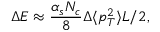
\Delta E \approx { \frac { \alpha _ { s } N _ { c } } { 8 } } \Delta \langle p _ { T } ^ { 2 } \rangle L / 2 ,